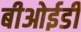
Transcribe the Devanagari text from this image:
बीओईडी